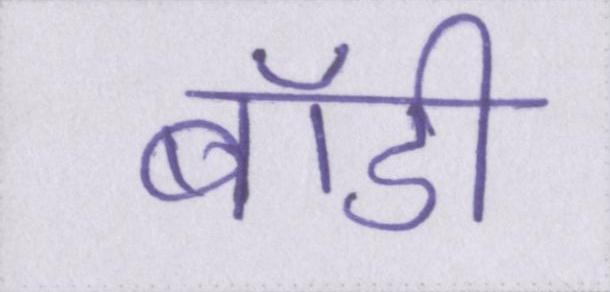
बॉडी